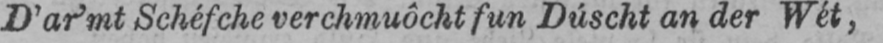
D’ar’mt Schéfche verchmuôcht fun Dúscht an der Wét,